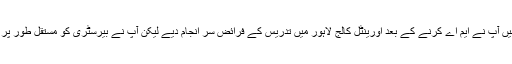
ابتدا میں آپ نے ایم اے کرنے کے بعد اورینٹل کالج لاہور میں تدریس کے فرائض سر انجام دیے لیکن آپ نے بیرسٹری کو مستقل طور پر اپنایا۔